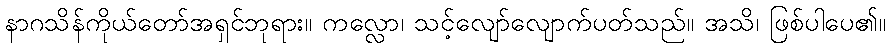
နာဂသိန်ကိုယ်တော်အရှင်ဘုရား။ ကလ္လော၊ သင့်လျော်လျောက်ပတ်သည်။ အသိ၊ ဖြစ်ပါပေ၏။